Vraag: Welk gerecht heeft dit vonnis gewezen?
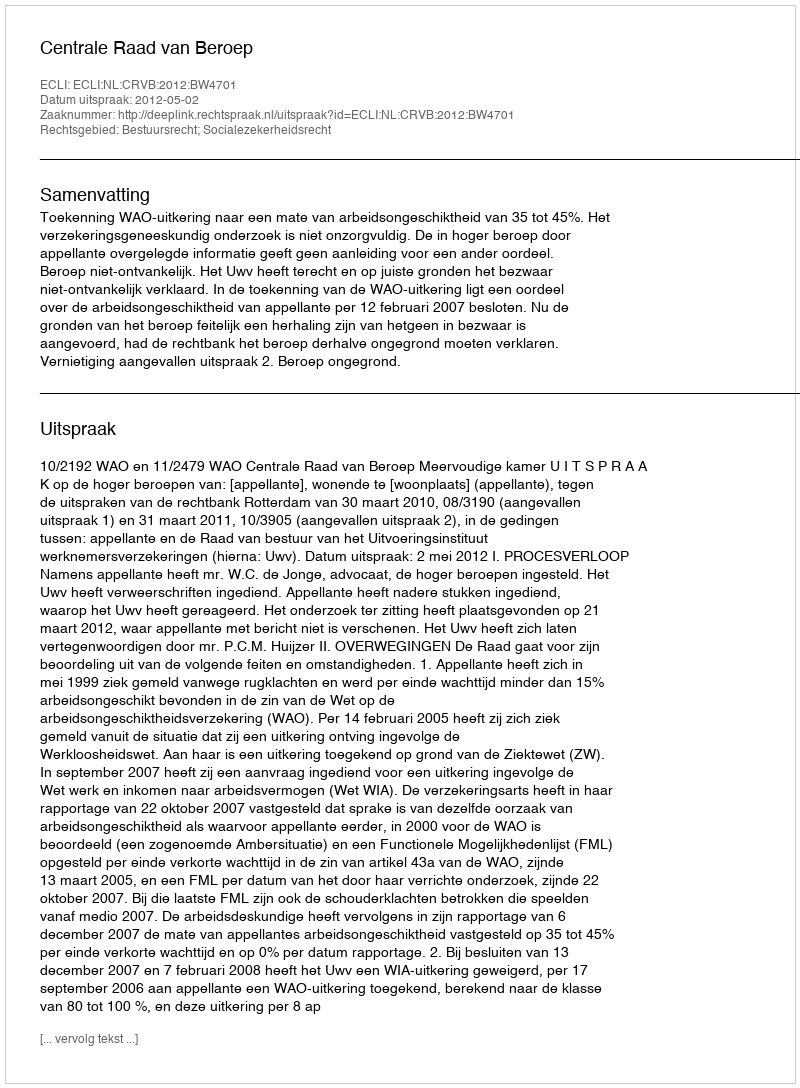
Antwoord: Centrale Raad van Beroep